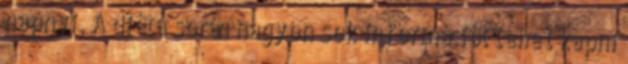
napnyi. A diéta során nagyon sok információt lehet kapni